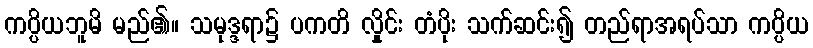
ကပ္ပိယဘူမိ မည်၏။ သမုဒ္ဒရာ၌ ပကတိ လှိုင်း တံပိုး သက်ဆင်း၍ တည်ရာအရပ်သာ ကပ္ပိယ